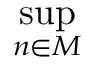
\operatorname* { s u p } _ { n \in M }